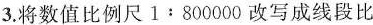
3.将数值比例尺1﹔800000改写成线段比